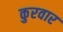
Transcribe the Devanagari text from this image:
कुरवार